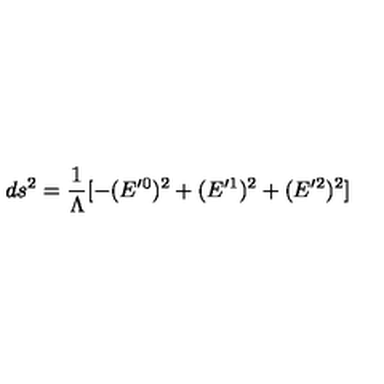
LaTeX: d s ^ { 2 } = \frac { 1 } { \Lambda } [ - ( E ^ { \prime \mathrm { } 0 } ) ^ { 2 } + ( E ^ { \prime \mathrm { } 1 } ) ^ { 2 } + ( E ^ { \prime \mathrm { } 2 } ) ^ { 2 } ]